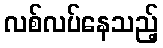
လစ်လပ်နေသည့်